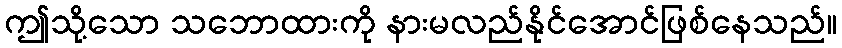
ဤသို့သော သဘောထားကို နားမလည်နိုင်အောင်ဖြစ်နေသည်။